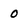
Character: 0